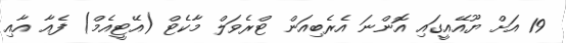
19 އަށް ޔޫއޭއީގައި އޮންނަ އެރެބިއަން ޓްރެވަލް މާކެޓް (އޭޓީއެމް) ފެއާ އާއި